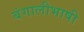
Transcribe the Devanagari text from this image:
बंगालीभाषी